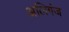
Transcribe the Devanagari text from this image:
अलिगंज